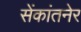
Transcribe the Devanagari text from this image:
सेंकांतनेर